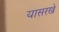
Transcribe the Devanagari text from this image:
यासरखे